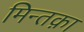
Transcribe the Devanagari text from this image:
मिन्तक़ा